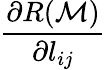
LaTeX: \frac{\partial R(\mathcal{M})}{\partial l_{ij}}